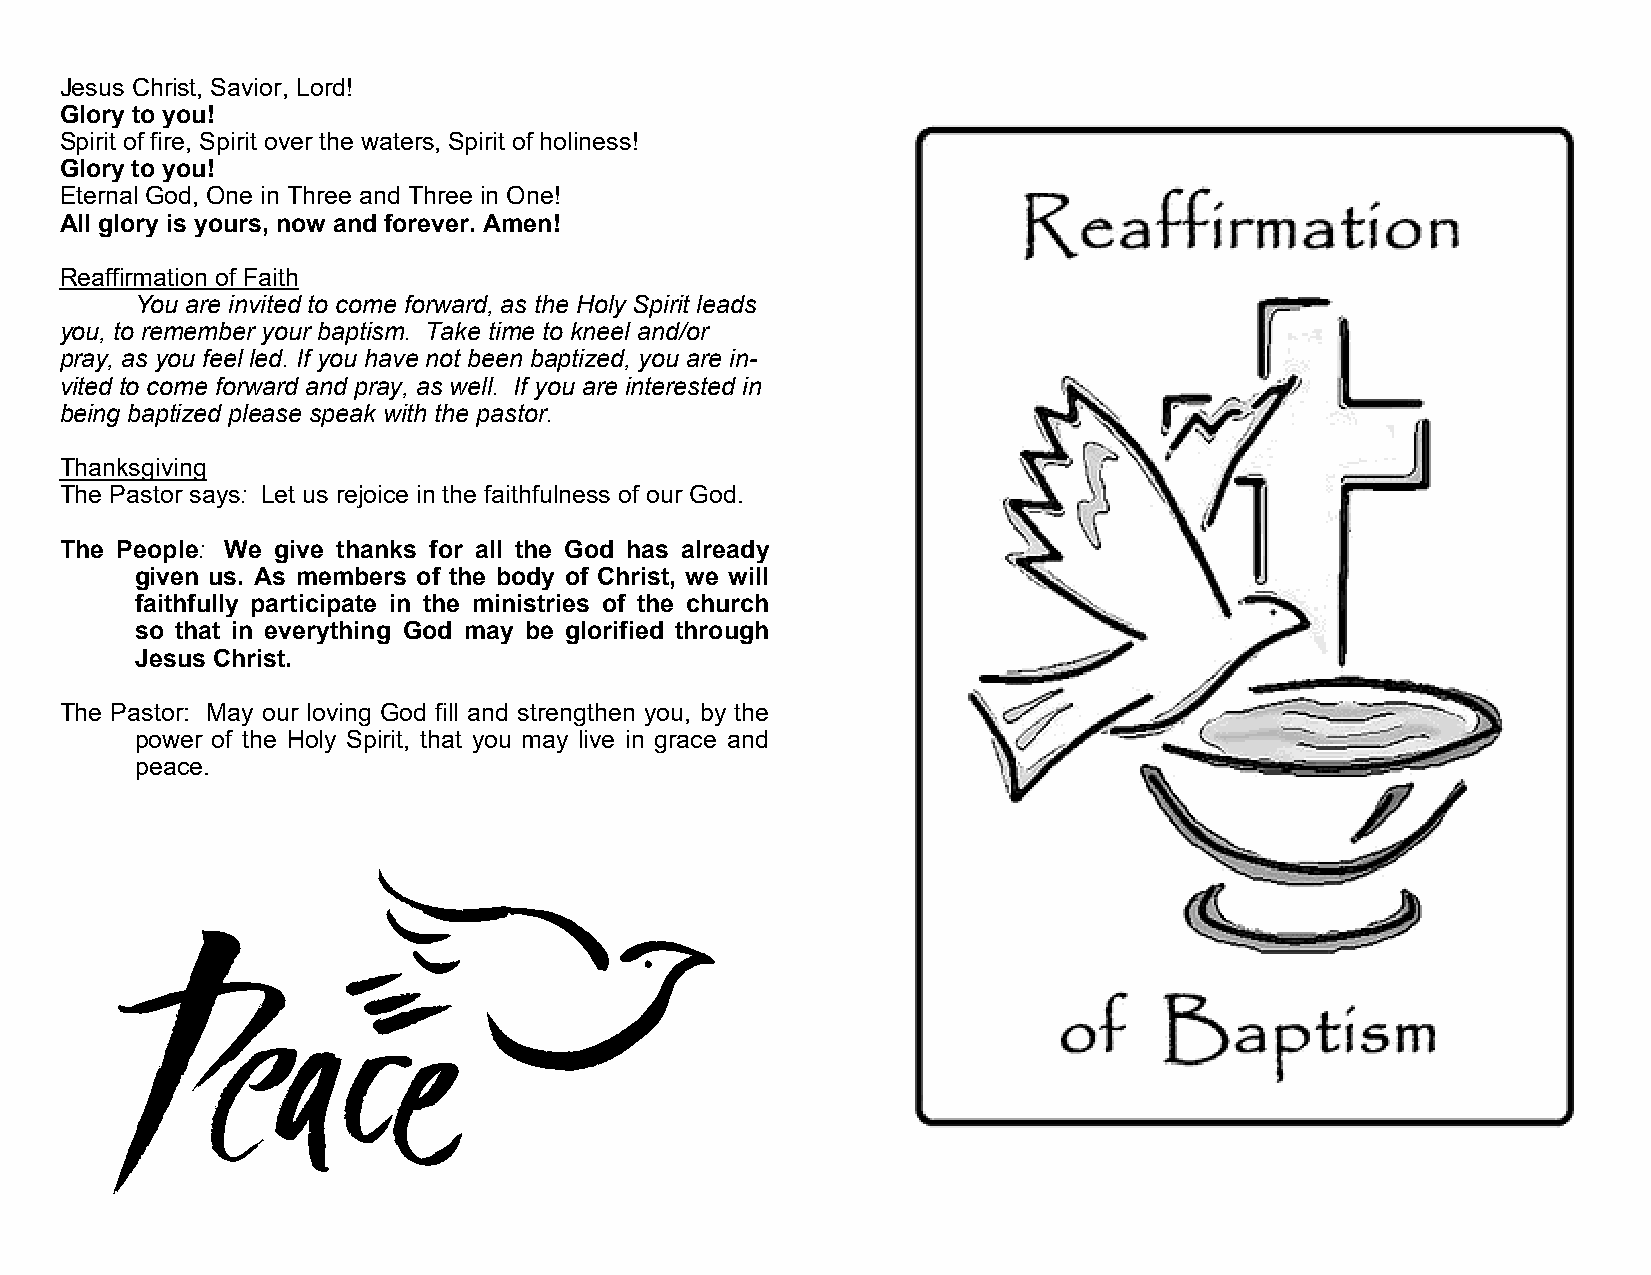
Jesus Christ, Savior, Lord!
 Glory to you!
 Spirit of fire, Spirit over the waters, Spirit of holiness!
 Glory to you!
 Eternal God, One in Three and Three in One!
 All glory is yours, now and forever. Amen!
 Reaffirmation of Faith
 You are invited to come forward, as the Holy Spirit leads
 you, to remember your baptism. Take time to kneel and/or
 pray, as you feel led. If you have not been baptized, you are in-
 vited to come forward and pray, as well. If you are interested in
 being baptized please speak with the pastor.
 Thanksgiving
 The Pastor says: Let us rejoice in the faithfulness of our God.
 The People: We give thanks for all the God has already
 given us. As members of the body of Christ, we will
 faithfully participate in the ministries of the church
 so that in everything God may be glorified through
 Jesus Christ.
 The Pastor: May our loving God fill and strengthen you, by the
 power of the Holy Spirit, that you may live in grace and
 peace.